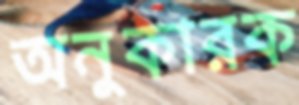
অনুকারক